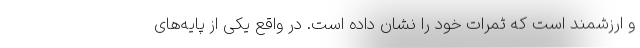
و ارزشمند است که ثمرات خود را نشان داده است. در واقع یکی از پایه‌های